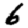
Digit: 6